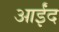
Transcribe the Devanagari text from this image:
आईंद